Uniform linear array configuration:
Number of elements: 24
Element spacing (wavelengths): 0.25
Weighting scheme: hann
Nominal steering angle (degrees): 0
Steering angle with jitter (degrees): -1.659
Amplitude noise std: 0.05
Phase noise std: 0.05

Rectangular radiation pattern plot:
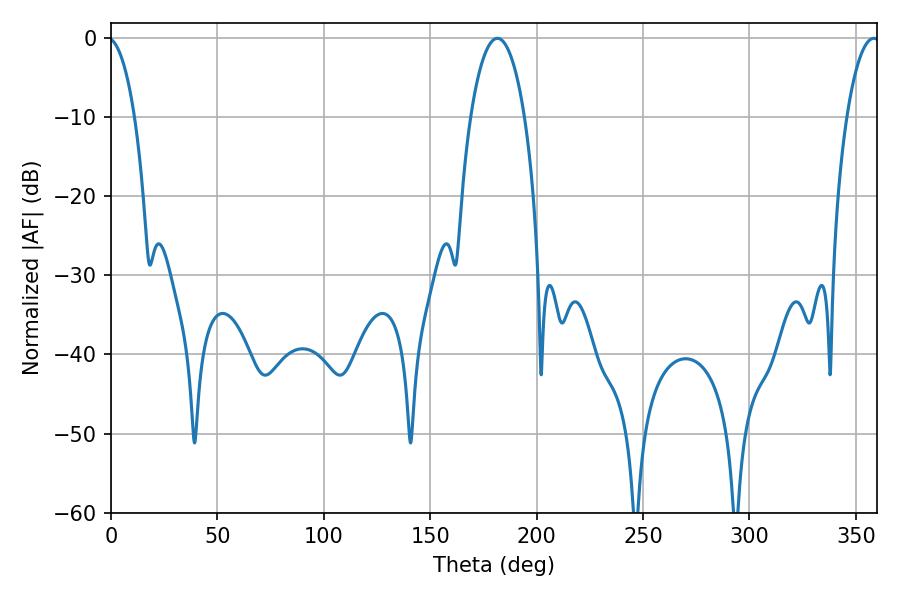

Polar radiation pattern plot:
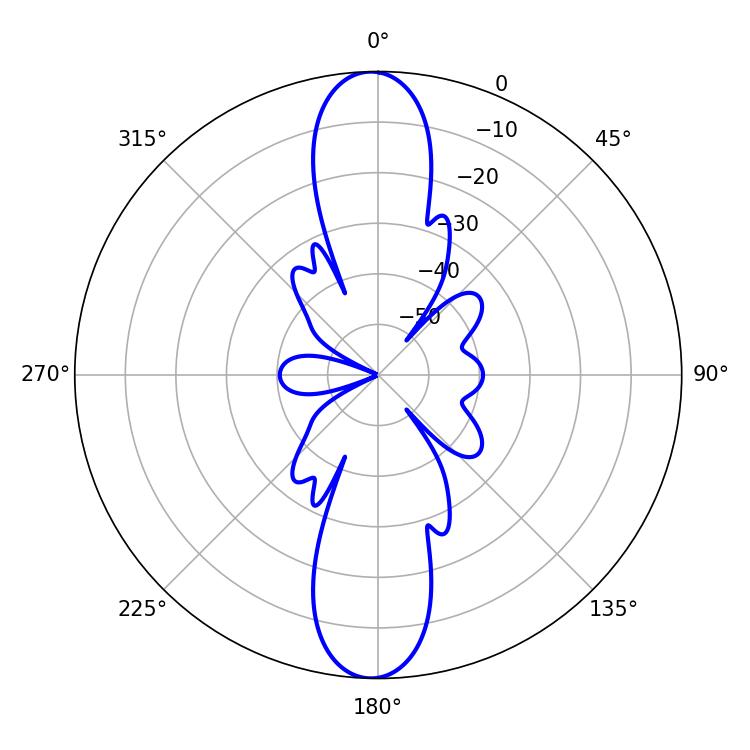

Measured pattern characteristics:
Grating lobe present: FALSE
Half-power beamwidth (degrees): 14.22
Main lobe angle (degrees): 181.62